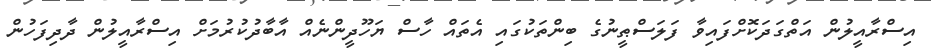
އިސްރާއީލުން އަތްގަދަކޮށްފައިވާ ފަލަސްޠީނުގެ ބިންތަކުގައި އެތައް ހާސް ޔަހޫދީންނެއް އާބާދުކުރުމަށް އިސްރާއީލުން ދާދިފަހުން